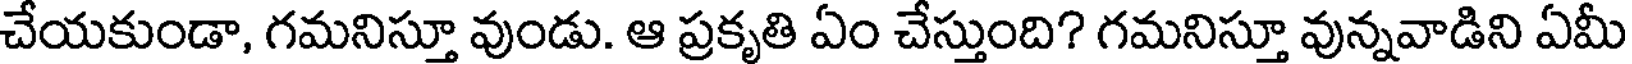
చేయకుండా, గమనిస్తూ వుండు. ఆ ప్రకృతి ఏం చేస్తుంది? గమనిస్తూ వున్నవాడిని ఏమీ